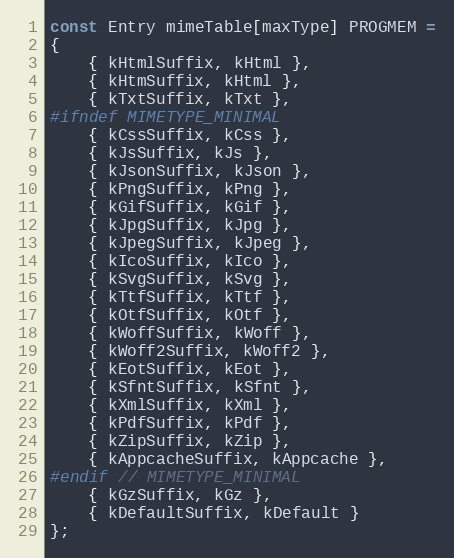
Language: C++
const Entry mimeTable[maxType] PROGMEM =
{
    { kHtmlSuffix, kHtml },
    { kHtmSuffix, kHtml },
    { kTxtSuffix, kTxt },
#ifndef MIMETYPE_MINIMAL
    { kCssSuffix, kCss },
    { kJsSuffix, kJs },
    { kJsonSuffix, kJson },
    { kPngSuffix, kPng },
    { kGifSuffix, kGif },
    { kJpgSuffix, kJpg },
    { kJpegSuffix, kJpeg },
    { kIcoSuffix, kIco },
    { kSvgSuffix, kSvg },
    { kTtfSuffix, kTtf },
    { kOtfSuffix, kOtf },
    { kWoffSuffix, kWoff },
    { kWoff2Suffix, kWoff2 },
    { kEotSuffix, kEot },
    { kSfntSuffix, kSfnt },
    { kXmlSuffix, kXml },
    { kPdfSuffix, kPdf },
    { kZipSuffix, kZip },
    { kAppcacheSuffix, kAppcache },
#endif // MIMETYPE_MINIMAL
    { kGzSuffix, kGz },
    { kDefaultSuffix, kDefault }
};